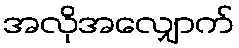
အလိုအလျှောက်